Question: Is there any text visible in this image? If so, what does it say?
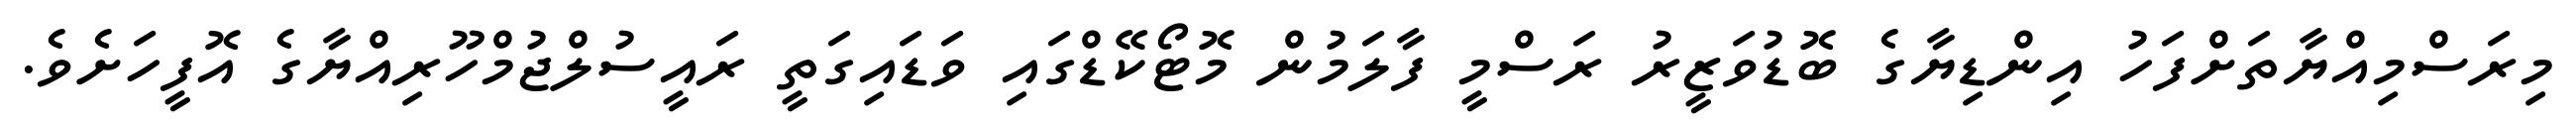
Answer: މިރަސްމިއްޔާތަށްފަހު އިންޑިޔާގެ ބޮޑުވަޒީރު ރަސްމީ ފާލަމުން މޮޓޯކޭޑްގައި ވަޑައިގަތީ ރައީސުލްޖުމްހޫރިއްޔާގެ އޮފީހަށެވެ.